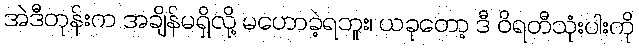
အဲဒီတုန်းက အချိန်မရှိလို့ မဟောခဲ့ရဘူး၊ ယခုတော့ ဒီ ဝိရတီသုံးပါးကို